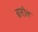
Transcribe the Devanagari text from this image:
ब्रास़ील